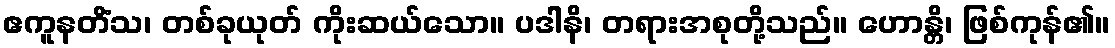
ဧကူနတိံသ၊ တစ်ခုယုတ် ကိုးဆယ်သော။ ပဒါနိ၊ တရားအစုတို့သည်။ ဟောန္တိ၊ ဖြစ်ကုန်၏။